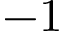
- 1